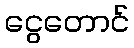
ငွေတောင်